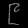
Digit: ၉